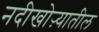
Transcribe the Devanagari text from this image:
नदीखोऱ्यातील